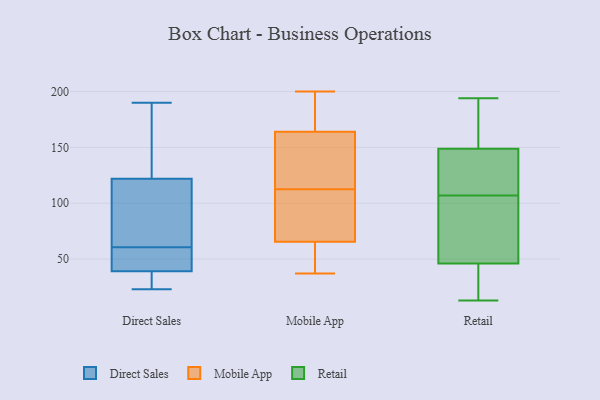
{"axis": {"x": "Population (Million)", "y": "Value"}, "legend": ["Direct Sales", "Mobile App", "Retail"], "data": [{"x": "", "y": 121, "type": "Direct Sales"}, {"x": "", "y": 34, "type": "Direct Sales"}, {"x": "", "y": 177, "type": "Direct Sales"}, {"x": "", "y": 47, "type": "Direct Sales"}, {"x": "", "y": 54, "type": "Direct Sales"}, {"x": "", "y": 23, "type": "Direct Sales"}, {"x": "", "y": 76, "type": "Direct Sales"}, {"x": "", "y": 34, "type": "Direct Sales"}, {"x": "", "y": 47, "type": "Direct Sales"}, {"x": "", "y": 161, "type": "Direct Sales"}, {"x": "", "y": 190, "type": "Direct Sales"}, {"x": "", "y": 52, "type": "Direct Sales"}, {"x": "", "y": 133, "type": "Direct Sales"}, {"x": "", "y": 36, "type": "Direct Sales"}, {"x": "", "y": 39, "type": "Direct Sales"}, {"x": "", "y": 122, "type": "Direct Sales"}, {"x": "", "y": 107, "type": "Direct Sales"}, {"x": "", "y": 67, "type": "Direct Sales"}, {"x": "", "y": 200, "type": "Mobile App"}, {"x": "", "y": 159, "type": "Mobile App"}, {"x": "", "y": 153, "type": "Mobile App"}, {"x": "", "y": 169, "type": "Mobile App"}, {"x": "", "y": 37, "type": "Mobile App"}, {"x": "", "y": 140, "type": "Mobile App"}, {"x": "", "y": 55, "type": "Mobile App"}, {"x": "", "y": 80, "type": "Mobile App"}, {"x": "", "y": 85, "type": "Mobile App"}, {"x": "", "y": 64, "type": "Mobile App"}, {"x": "", "y": 176, "type": "Mobile App"}, {"x": "", "y": 67, "type": "Mobile App"}, {"x": "", "y": 84, "type": "Retail"}, {"x": "", "y": 167, "type": "Retail"}, {"x": "", "y": 148, "type": "Retail"}, {"x": "", "y": 194, "type": "Retail"}, {"x": "", "y": 20, "type": "Retail"}, {"x": "", "y": 137, "type": "Retail"}, {"x": "", "y": 149, "type": "Retail"}, {"x": "", "y": 42, "type": "Retail"}, {"x": "", "y": 107, "type": "Retail"}, {"x": "", "y": 156, "type": "Retail"}, {"x": "", "y": 125, "type": "Retail"}, {"x": "", "y": 42, "type": "Retail"}, {"x": "", "y": 36, "type": "Retail"}, {"x": "", "y": 177, "type": "Retail"}, {"x": "", "y": 58, "type": "Retail"}, {"x": "", "y": 62, "type": "Retail"}, {"x": "", "y": 13, "type": "Retail"}, {"x": "", "y": 115, "type": "Retail"}, {"x": "", "y": 99, "type": "Retail"}]}